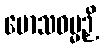
မောသဓမ္မဉှိ